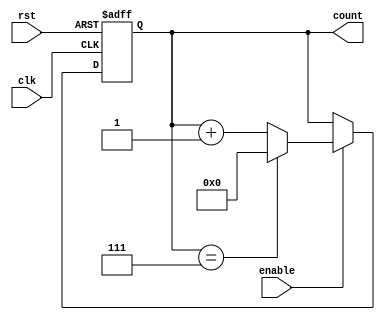
module ModuloN_Up_Counter (
    input wire clk,
    input wire rst,
    input wire enable,
    output reg [N-1:0] count
);

parameter N = 8; // Define the count value N

always @(posedge clk or posedge rst) begin
    if (rst) begin
        count <= 0;
    end else if (enable) begin
        if (count == N-1) begin
            count <= 0;
        end else begin
            count <= count + 1;
        end
    end
end

endmodule